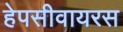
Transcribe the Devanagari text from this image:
हेपसीवायरस